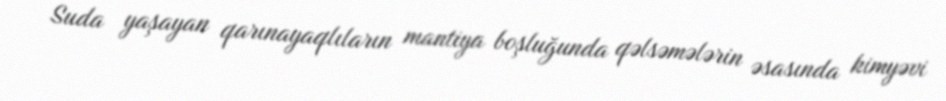
Suda yaşayan qarınayaqlıların mantiya boşluğunda qəlsəmələrin əsasında kimyəvi